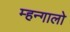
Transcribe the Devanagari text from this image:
म्हन्गालो